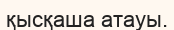
қысқаша атауы.